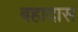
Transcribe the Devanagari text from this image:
बहादास